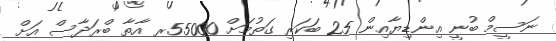
ނަސީމް ބުނީ އިންޑިޔާއިން 25 ބަކަރި ގަތުމަށް 55000ރ އާތާ ބްރަދާސް އަށް